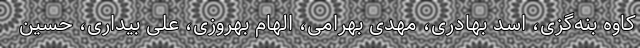
کاوه بنه‌گزی، اسد بهادری، مهدی بهرامی، الهام بهروزی، علی بیداری، حسین